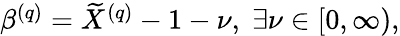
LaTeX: \begin{array}{r}{\beta^{\left(q\right)}=\widetilde{X}^{\left(q\right)}-1-\nu,\; \exists\nu\in\left[0,\infty\right),}\end{array}